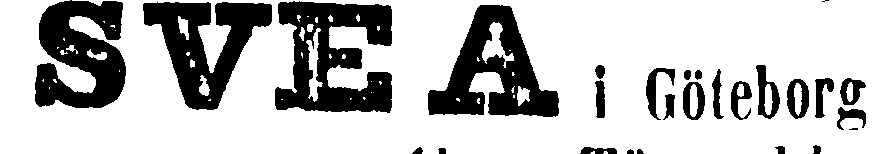
SVEA i Göteborg;